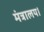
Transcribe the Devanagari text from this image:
मंत्रालय।